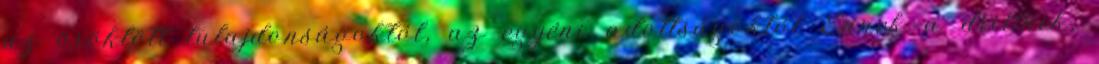
az öröklött tulajdonságoktól, az egyéni adottságoktól Ennek a drillnek,